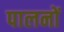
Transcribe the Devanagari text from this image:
पालनों